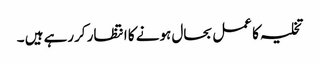
تخلیہ کا عمل بحال ہونے کا انتظار کررہے ہیں ۔